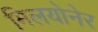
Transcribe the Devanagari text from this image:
मिलयोनेर